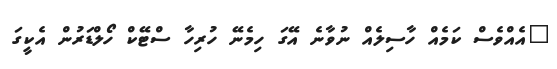
"އެއްވެސް ކަމެއް ހާސިލެއް ނުވާނެ އޭގަ ހިމެނޭ ހުރިހާ ސްޓޭކް ހޯލްޑަރުން އެކީގަ